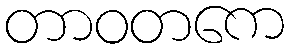
တာဝတကေ